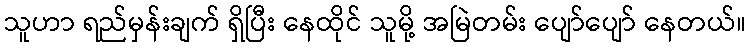
သူဟာ ရည်မှန်းချက် ရှိပြီး နေထိုင် သူမို့ အမြဲတမ်း ပျော်ပျော် နေတယ်။